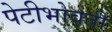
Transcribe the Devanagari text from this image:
पेटीभोवती